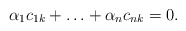
\begin{align*} \alpha_1 c_{1k} + \ldots + \alpha_n c_{nk} = 0.\end{align*}